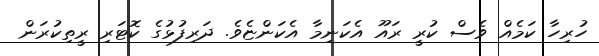
ހުރިހާ ކަމެއް ވެސް ކުރީ ރައޫ އެކަނިމާ އެކަންޏެވެ. ދަރިފުޅުގެ ކޮޓަރި ރީތިކުރަން